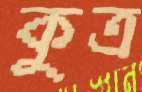
কুত্র